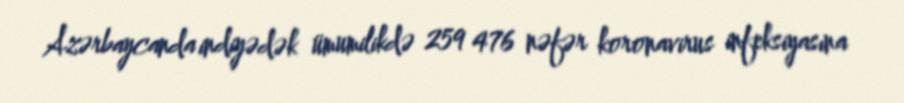
Azərbaycanda indiyədək ümumilikdə 259 476 nəfər koronavirus infeksiyasına